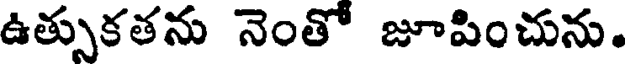
ఉత్సుకతను నెంతో జూపించును.